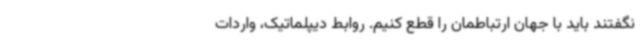
نگفتند باید با جهان ارتباطمان را قطع کنیم. روابط دیپلماتیک، واردات